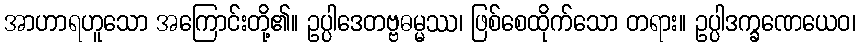
အာဟာရဟူသော အကြောင်းတို့၏။ ဥပ္ပါဒေတဗ္ဗဓမ္မဿ၊ ဖြစ်စေထိုက်သော တရား။ ဥပ္ပါဒက္ခဏေယေဝ၊